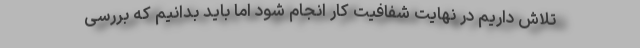
تلاش داریم در نهایت شفافیت کار انجام شود اما باید بدانیم که بررسی